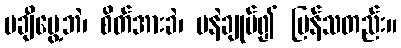
မချီပွေ့ဘဲ၊ စိတ်အားခဲ၊ မနဲချုပ်၍ ပြန်သတည်း။